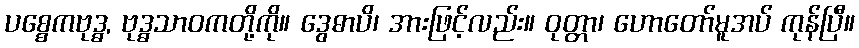
ပစ္စေကဗုဒ္ဓ, ဗုဒ္ဓသာဝကတို့ကို။ ဒွေဓာပိ၊ အားဖြင့်လည်း။ ဝုတ္တာ၊ ဟောတော်မူအပ် ကုန်ပြီ။